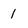
Character: 1